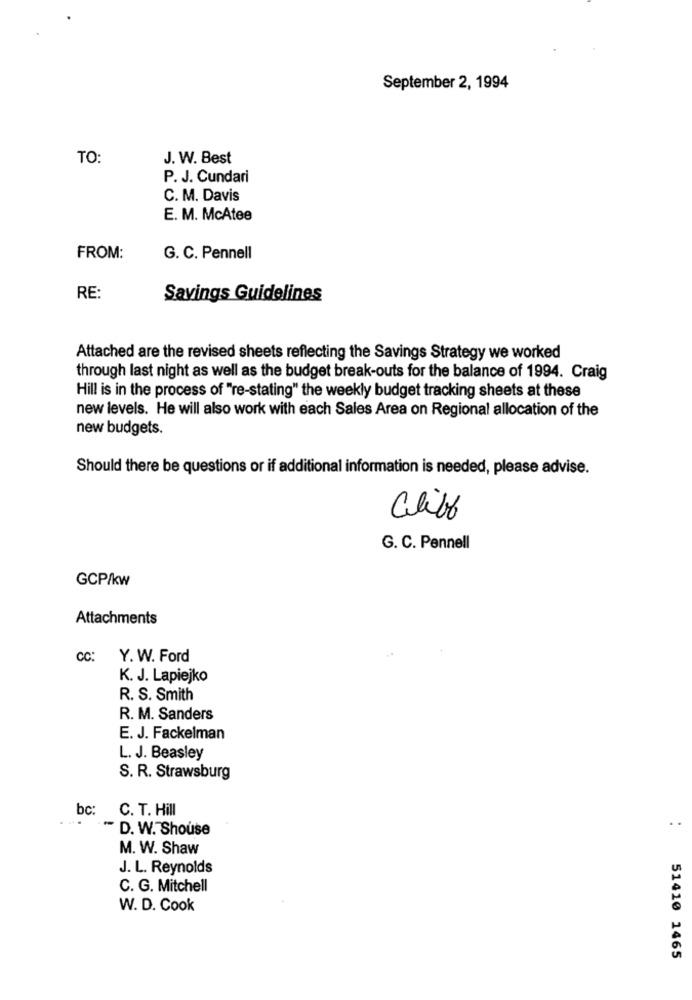
September 2, 1994
TO:
J. W. Best
P. J. Cundari
C. M. Davis
E. M. McAtee
FROM:
G. C. Pennell
RE:
Savings Guidelines
Attached are the revised sheets reflecting the Savings Strategy we worked
through last night as well as the budget break-outs for the balance of 1994. Craig
Hill is in the process of "re-stating" the weekly budget tracking sheets at these
new levels. He will also work with each Sales Area on Regional allocation of the
new budgets.
Should there be questions or if additional information is needed, please advise.
Cliff
G. C. Pennell
GCP/kw
Attachments
CC:
Y. W. Ford
K. J. Lapiejko
R. S. Smith
R. M. Sanders
E. J. Fackelman
L. J. Beasley
S. R. Strawsburg
bc:
C. T. Hill
- D. W. Shouse
M. W. Shaw
J. L. Reynolds
C. G. Mitchell
W. D. Cook
51410 1465